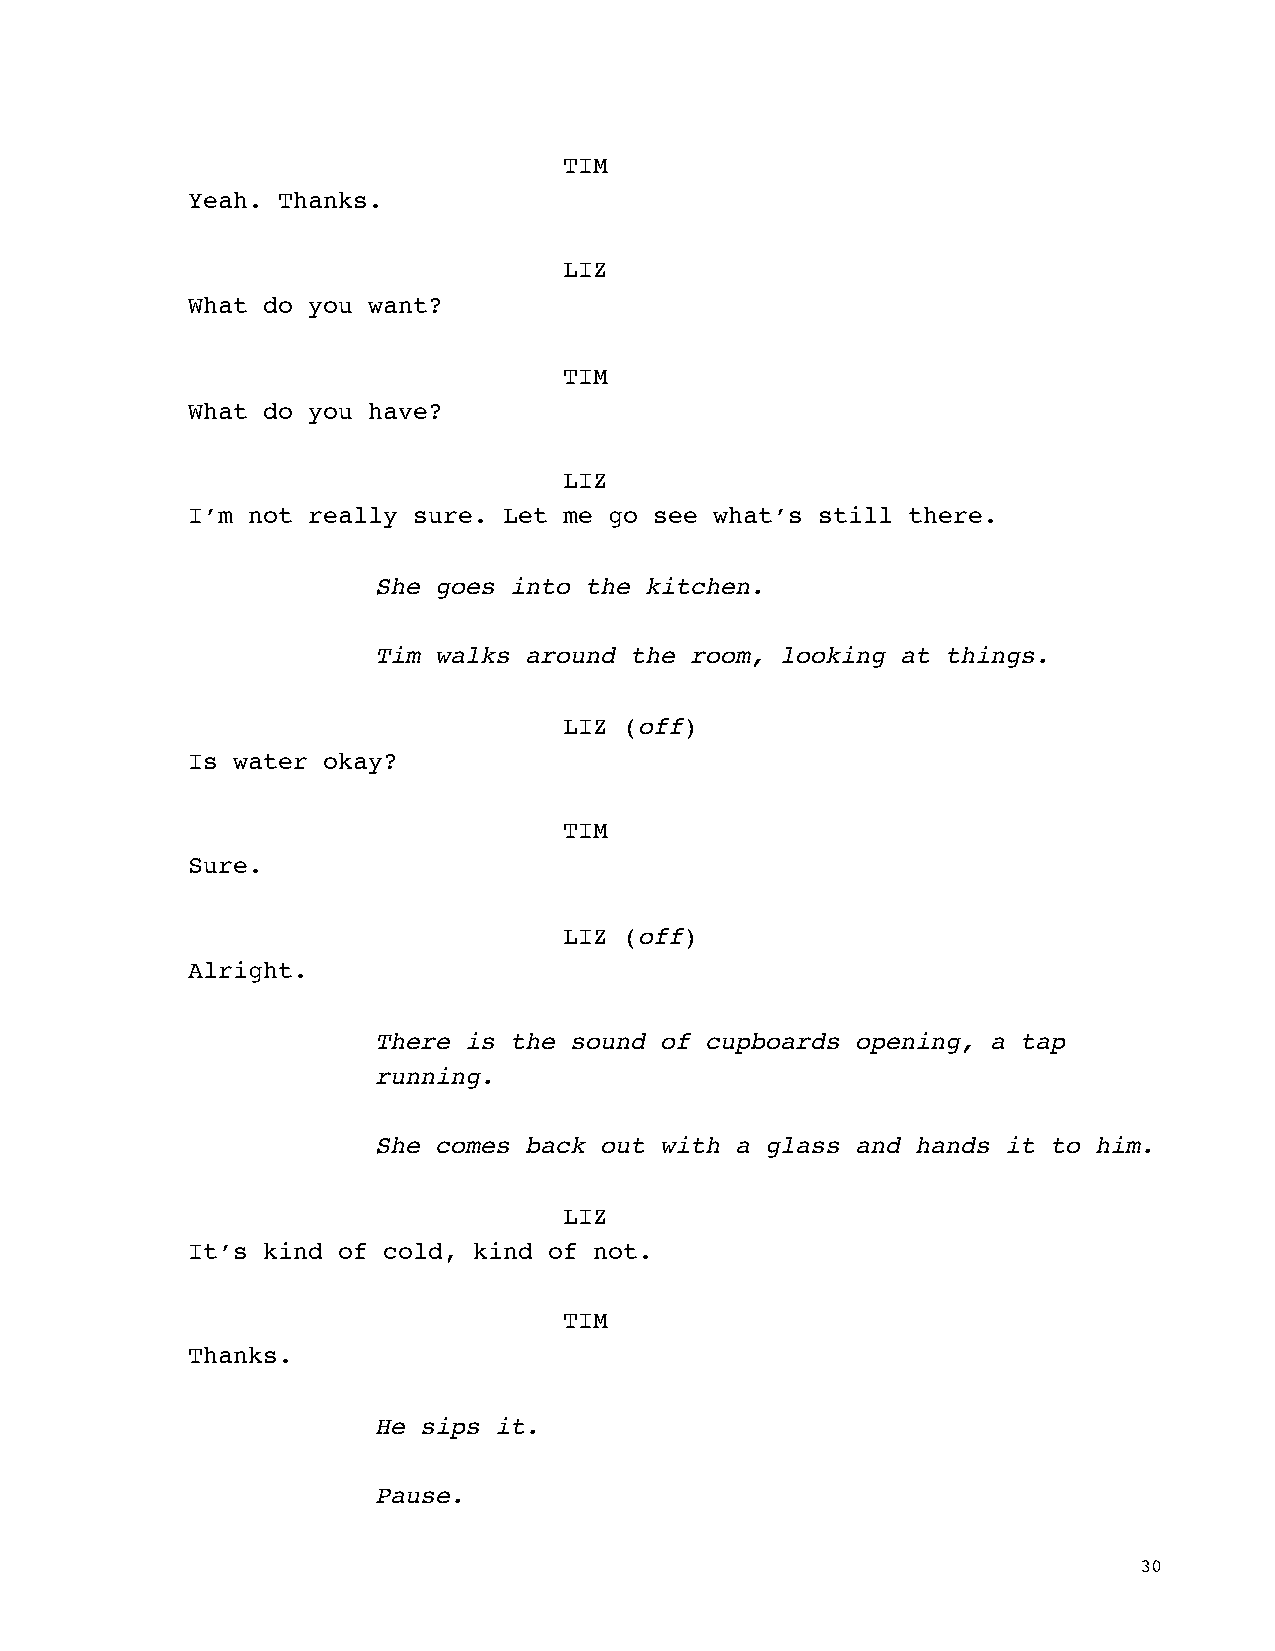
TIM
 Yeah. Thanks.
 LIZ
 What do you want?
 TIM
 What do you have?
 LIZ
 I’m not really sure. Let me go see what’s still there.
 She goes into the kitchen.
 Tim walks around the room, looking at things.
 LIZ (off)
 Is water okay?
 TIM
 Sure.
 LIZ (off)
 Alright.
 There is the sound of cupboards opening, a tap
 running.
 She comes back out with a glass and hands it to him.
 LIZ
 It’s kind of cold, kind of not.
 TIM
 Thanks.
 He sips it.
 Pause.
 30